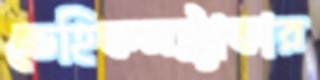
ভেহিকলট্র্যাকার